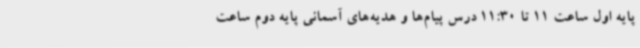
پایه اول ساعت 11 تا 11:30 درس پیام‌ها و هدیه‌های آسمانی پایه دوم ساعت